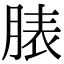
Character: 脿